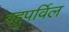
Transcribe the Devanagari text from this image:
बहुपर्विल